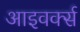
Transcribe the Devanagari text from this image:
आइवर्क्स